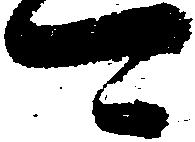
可